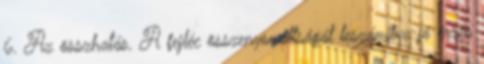
6. Az összhatás. A fejléc összenyomottságát leszámítva jó érzés